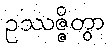
ဥဿဇ္ဇိတွာ